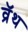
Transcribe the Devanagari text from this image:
व्रॅथ